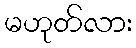
မဟုတ်လား